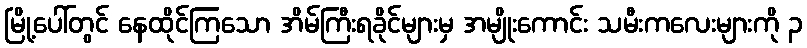
မြို့ပေါ်တွင် နေထိုင်ကြသော အိမ်ကြီးရခိုင်များမှ အမျိုးကောင်း သမီးကလေးများကို ၃